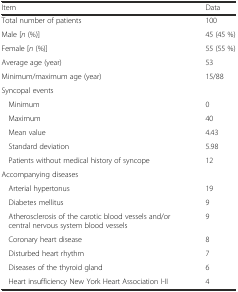
| Item | Data |
 | --- | --- |
 | Total number of patients | 100 |
 | Male [n (%)] | 45 (45 %) |
 | Female [n (%)] | 55 (55 %) |
 | Average age (year) | 53 |
 | Minimum/maximum age (year) | 15/88 |
 | Syncopal events |  |
 | Minimum | 0 |
 | Maximum | 40 |
 | Mean value | 4.43 |
 | Standard deviation | 5.98 |
 | Patients without medical history of syncope | 12 |
 | Accompanying diseases |  |
 | Arterial hypertonus | 19 |
 | Diabetes mellitus | 9 |
 | Atherosclerosis of the carotic blood vessels and/or central nervous system blood vessels | 9 |
 | Coronary heart disease | 8 |
 | Disturbed heart rhythm | 7 |
 | Diseases of the thyroid gland | 6 |
 | Heart insufficiency New York Heart Association I-II | 4 |